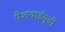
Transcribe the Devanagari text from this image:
पेशवाईपूर्वी